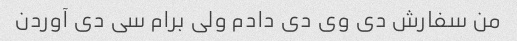
من سفارش دی وی دی دادم ولی برام سی دی آوردن